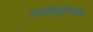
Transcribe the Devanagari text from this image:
लम्बीव्हीलबेस